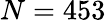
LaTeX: N=453